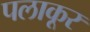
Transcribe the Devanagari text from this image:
पलाकूर